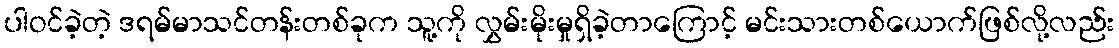
ပါဝင်ခဲ့တဲ့ ဒရမ်မာသင်တန်းတစ်ခုက သူ့ကို လွှမ်းမိုးမှုရှိခဲ့တာကြောင့် မင်းသားတစ်ယောက်ဖြစ်လို့လည်း